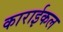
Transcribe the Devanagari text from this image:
काराईकल